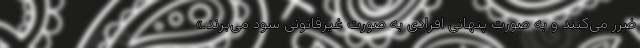
ضرر می‌کنند و به صورت پنهانی افرادی به صورت غیرقانونی سود می‌برند.»